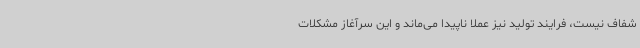
شفاف نیست، فرایند تولید نیز عملا ناپیدا می‌ماند و این سرآغاز مشکلات